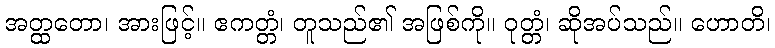
အတ္ထတော၊ အားဖြင့်။ ဧကတ္တံ၊ တူသည်၏ အဖြစ်ကို။ ဝုတ္တံ၊ ဆိုအပ်သည်။ ဟောတိ၊